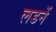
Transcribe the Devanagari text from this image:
लडनें